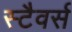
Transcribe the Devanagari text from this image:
स्टैवर्स